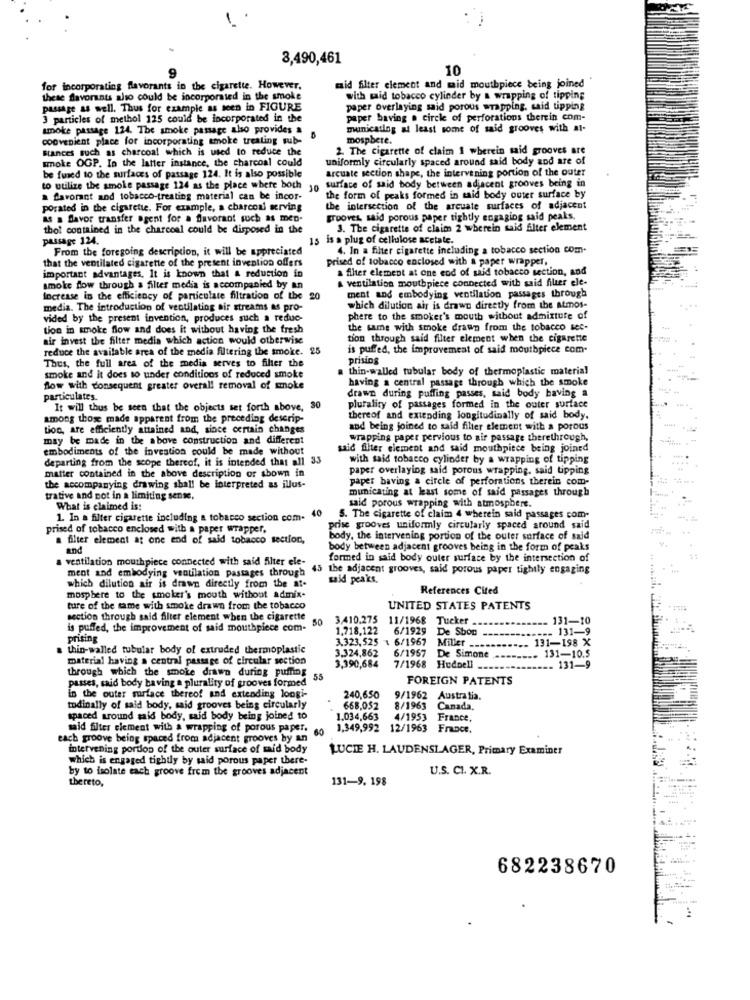
1
3,490,461
9
10
for incorporating flavorants in the cigarette. However,
maid filter clement and mid mouthpiece being joined
these flavorants also could be incorporated in the smoke
with maid tobacco cylinder by a wrapping of tipping
passage as well. Thus for example as seen in FIGURE
paper overlaying said porous wrapping, said tipping
3 particles of methol 125 could be incorporated in the
paper having a circle of perforations therein com-
smoke passage 124. The smoke passage also provides a
municating at least some of said grooves with al-
convenient place for incorporating smoke treating sub-
mospbete.
stances such as charcoal which is used to reduce the
2. The cigarette of claim I wherein said grooves are
smoke OGP. In the latter instance, the charcoal could
uniformly circularly spaced around said body and are of
arcuate section shape, the intervening portion of the outer
be fused to the surfaces of passage 124. It is also possible
to utilize the smoke passage 124 as the place where both
10
surface of said body between adjacent grooves being in
a favorant and tobacco-treating material can be incor-
the form of peaks formed in said body outer surface by
Porated in the cigarette. For example, a charcoal werving
the intersection of the arcuate surfaces of adjacent
as a flavor transfer agent for a flavorant such as men-
grooves, said porous paper tightly engaging said peaks.
thot contained in the charcoal could be disposed in the
3. The cigarette of claim 2 wherein said filter element
passage 124.
15 is a plug of cellulose acetate.
From the foregoing description, it will be appreciated
4. In a filter cigarette including a tobacco section com-
that the ventilated cigarette of the present invention offers
prised of tobacco enclosed with a paper wrapper,
important advantages. It is known that a reduction in
a filter element at one end of said tobacco section, and
& ventilation mouthpiece connected with said filer ele-
smoke flow through a filter media is accompanied by an
Increase in the efficiency of particulate filtration of the 20
ment and embodying ventilation passages through
media. The introduction of ventilating air streams as pro-
which dilution air is drawn directly from the atmos-
vided by the present invention, produces such a reduc-
phere to the smoker's mouth without admixture of
tion in smoke flow and does it without having the fresh
the same with smoke drawn from the tobacco see-
air invest the filter media which action would otherwise
tion through said filter element when the cigarette
reduce the available area of the media filtering the smoke. 25
is puffed, the improvement of said mouthpiece com-
prising
Thus, the full area of the media serves to filter the
thin-walled tubular body of thermoplastic material
smoke and it does so under conditions of reduced smoke
having a central passage through which the smoke
flow with consequent greater overall removal of smoke
particulates.
drawn during puffing passes, said body having a
It will thus be seen that the objects set forth above, 30
plurality of passages formed in the outer surface
among those made apparent from the preceding descrip-
thereof and extending longitudinally of said body.
tion, are efficiently attained and, since certain changes
and being joined to said filter element with a porous
may be made in the above construction and different
wrapping paper pervious to air passage therethrough,
embodiments of the invention could be made without
tid filter element and said mouthpiece being joined
departing from the scope thereof, it is intended that all 33
with said tobacco cylinder by a wrapping of tipping
matter contained in the above description or shown in
paper overlaying said porous wrapping, said tipping
paper baving a circle of perforations therein com-
the accompanying drawing shall be interpreted as illus-
municating at least some of said passages through
trative and not in a limiting sense.
said porous wrapping with atmosphere.
What is claimed is:
40
1. In a filter cigarette including a tobacco section com.
S. The cigarette of claim 4 wherein said passages com-
prised of tobacco enclosed with a paper wrapper,
rise grooves uniformly circularly spaced around said
a filter element at one end of said tobacco section,
body, the intervening portion of the outer surface of said
and
body between adjacent grooves being in the form of peaks
ventilation mouthpiece connected with said filter ele-
formed in said body outer surface by the intersection of
ment and embodying ventilation passages through
15 the adjacent grooves, said porous paper tightly engaging
said peaks.
which dilution air is drawn directly from the af.
References Cited
mosphere to the smoker's mouth without admix-
ture of the same with smoke drawn from the tobacco
UNITED STATES PATENTS
section through said filter element when the cigarette
50
3,410.275
3.410.275 11/1968 Tucker
131-10
is puffed, the improvement of said mouthpiece com-
1,718,122
6/1929 De Sbon
-
- 131-9
prising
3.323,525 \ 6/1967 Miller ---
131-198 X
a thin-walled tubular body of extruded thermoplastic
3.324,862
6/1967
131-10.5
material having a central passage of circular section
De Simone
3,390,684
7/1968 Hudpell
-- 131-9
passes, said body having a plurality of grooves formed
through which the smoke drawn during puffing
55
FOREIGN PATENTS
in the outer surface thereof and extending longi-
240,650
9/1962 Australia.
tudinally of said body, said grooves being circularly
668,052
8/1963 Canada.
spaced around said body, said body being joined to
1.034,663
4/1953
France,
said filter element with a wrapping of porous paper.
1,349,992 12/1963
France.
each groove being spaced from adjacent grooves by an
intervening portion of the outer surface of mid body
LUCIE H. LAUDENSLAGER, Primary Examiner
which is engaged tightly by said porous paper there-
by to isolate each groove frem the grooves adjacent
U.S. CI. X.R.
thereto,
131-9, 198
682238670